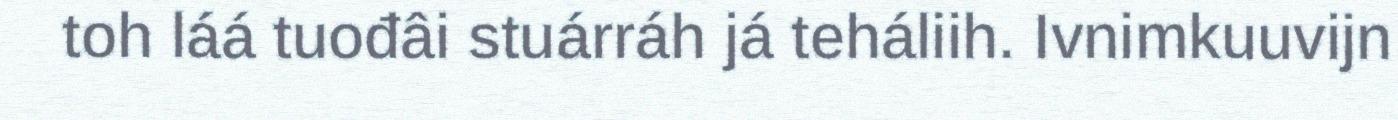
toh láá tuođâi stuárráh já teháliih. Ivnimkuuvijn